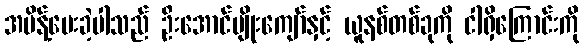
အမိန့်ပေးခဲ့ပါသည် ဦးအောင်မျိုးကျော်နှင့် ယူနစ်တစ်ခုကို ငါရှိကြောင်းကို